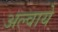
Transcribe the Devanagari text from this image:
अल्वाये